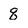
Character: q